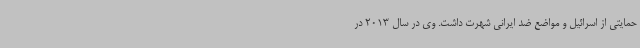
حمایتی از اسرائیل و مواضع ضد ایرانی شهرت داشت. وی در سال 2013 در